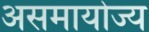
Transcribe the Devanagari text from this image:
असमायोज्य